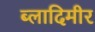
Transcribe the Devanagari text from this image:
ब्लादिमीर